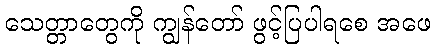
သေတ္တာတွေကို ကျွန်တော် ဖွင့်ပြပါရစေ အဖေ